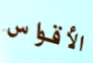
الأقواس